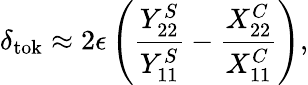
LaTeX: \delta_{\mathrm{tok}}\approx 2\epsilon\left(\frac{Y_{22}^{S}}{Y_{11}^{S}}-\frac{X_{22}^{C}}{X_{11}^{C}}\right),